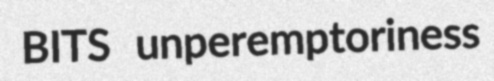
BITS unperemptoriness